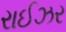
રાઈઝર